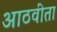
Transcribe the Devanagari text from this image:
आठवीता